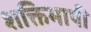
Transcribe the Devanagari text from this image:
शक्तिमापी